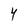
Character: Y